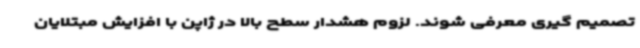
تصمیم گیری معرفی شوند. لزوم هشدار سطح بالا در ژاپن با افزایش مبتلایان